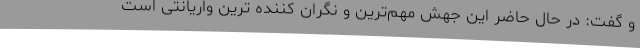
و گفت: در حال حاضر این جهش مهم‌ترین و نگران کننده‌ ترین واریانتی است